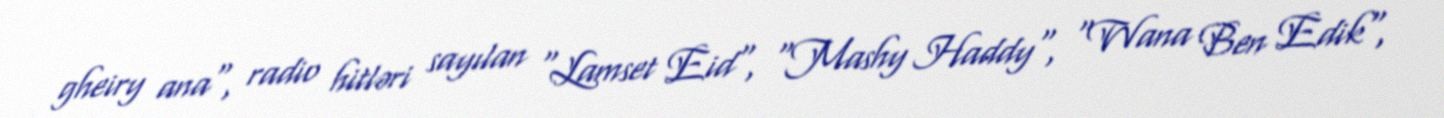
gheiry ana", radio hitləri sayılan "Lamset Eid", "Mashy Haddy", "Wana Ben Edik",